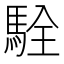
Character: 駩